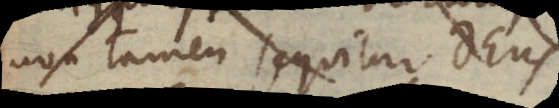
non tamen sequitur Deus